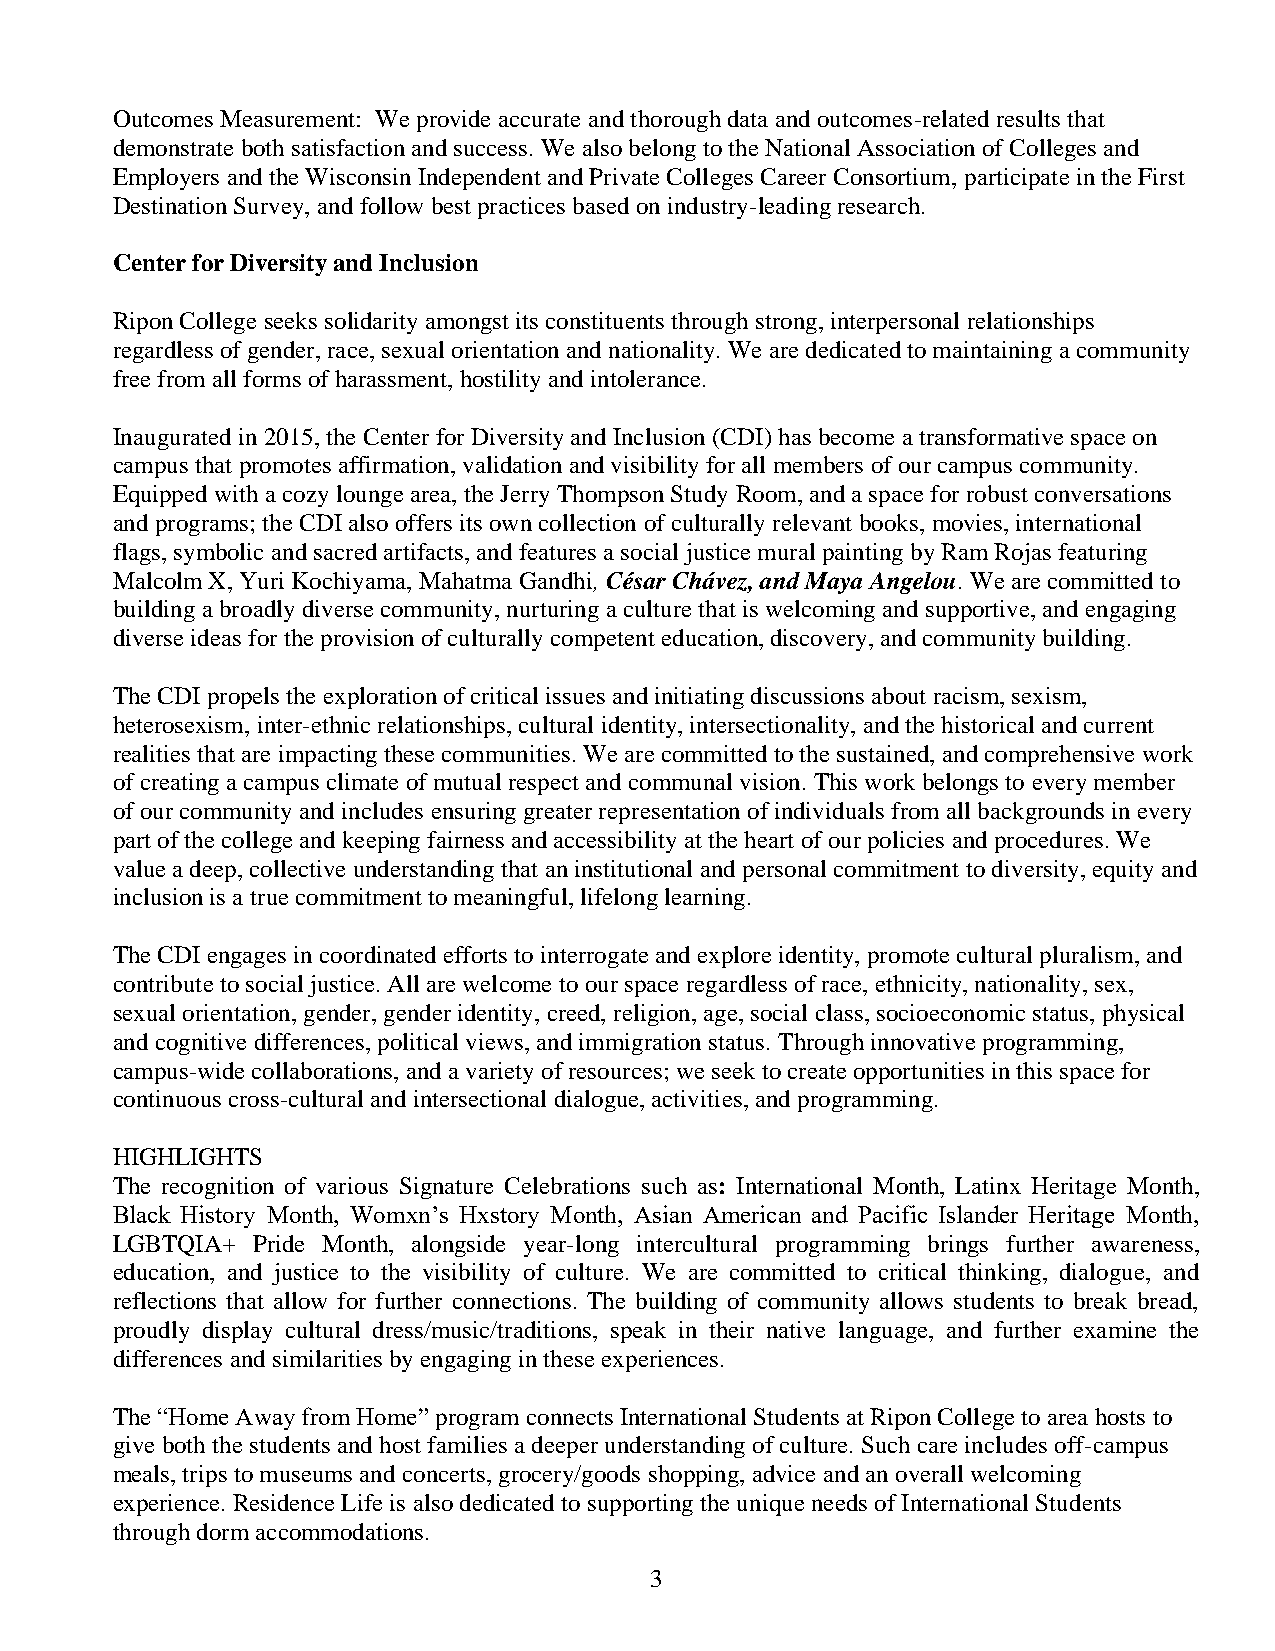
Outcomes Measurement: We provide accurate and thorough data and outcomes-related results that
 demonstrate both satisfaction and success. We also belong to the National Association of Colleges and
 Employers and the Wisconsin Independent and Private Colleges Career Consortium, participate in the First
 Destination Survey, and follow best practices based on industry-leading research.
 Center for Diversity and Inclusion
 Ripon College seeks solidarity amongst its constituents through strong, interpersonal relationships
 regardless of gender, race, sexual orientation and nationality. We are dedicated to maintaining a community
 free from all forms of harassment, hostility and intolerance.
 Inaugurated in 2015, the Center for Diversity and Inclusion (CDI) has become a transformative space on
 campus that promotes affirmation, validation and visibility for all members of our campus community.
 Equipped with a cozy lounge area, the Jerry Thompson Study Room, and a space for robust conversations
 and programs; the CDI also offers its own collection of culturally relevant books, movies, international
 flags, symbolic and sacred artifacts, and features a social justice mural painting by Ram Rojas featuring
 Malcolm X, Yuri Kochiyama, Mahatma Gandhi, César Chávez, and Maya Angelou. We are committed to
 building a broadly diverse community, nurturing a culture that is welcoming and supportive, and engaging
 diverse ideas for the provision of culturally competent education, discovery, and community building.
 The CDI propels the exploration of critical issues and initiating discussions about racism, sexism,
 heterosexism, inter-ethnic relationships, cultural identity, intersectionality, and the historical and current
 realities that are impacting these communities. We are committed to the sustained, and comprehensive work
 of creating a campus climate of mutual respect and communal vision. This work belongs to every member
 of our community and includes ensuring greater representation of individuals from all backgrounds in every
 part of the college and keeping fairness and accessibility at the heart of our policies and procedures. We
 value a deep, collective understanding that an institutional and personal commitment to diversity, equity and
 inclusion is a true commitment to meaningful, lifelong learning.
 The CDI engages in coordinated efforts to interrogate and explore identity, promote cultural pluralism, and
 contribute to social justice. All are welcome to our space regardless of race, ethnicity, nationality, sex,
 sexual orientation, gender, gender identity, creed, religion, age, social class, socioeconomic status, physical
 and cognitive differences, political views, and immigration status. Through innovative programming,
 campus-wide collaborations, and a variety of resources; we seek to create opportunities in this space for
 continuous cross-cultural and intersectional dialogue, activities, and programming.
 HIGHLIGHTS
 The recognition of various Signature Celebrations such as: International Month, Latinx Heritage Month,
 Black History Month, Womxn’s Hxstory Month, Asian American and Pacific Islander Heritage Month,
 LGBTQIA+  Pride Month, alongside year-long intercultural programming brings further awareness,
 education, and justice to the visibility of culture. We are committed to critical thinking, dialogue, and
 reflections that allow for further connections. The building of community allows students to break bread,
 proudly display cultural dress/music/traditions, speak in their native language, and further examine the
 differences and similarities by engaging in these experiences.
 The “Home Away from Home” program connects International Students at Ripon College to area hosts to
 give both the students and host families a deeper understanding of culture. Such care includes off-campus
 meals, trips to museums and concerts, grocery/goods shopping, advice and an overall welcoming
 experience. Residence Life is also dedicated to supporting the unique needs of International Students
 through dorm accommodations.
 3